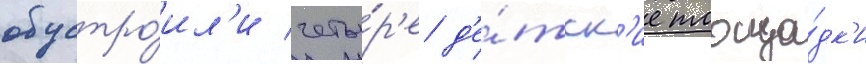
обустро́ил'и четы́р'е д'е́тск'ие площа́дк'и